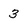
Character: 3